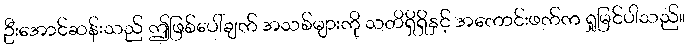
ဦးအောင်ဆန်းသည် ဤဖြစ်ပေါ်ချက် အသစ်များကို သတိရှိရှိနှင့် အကောင်းဖက်က ရှုမြင်ပါသည်။